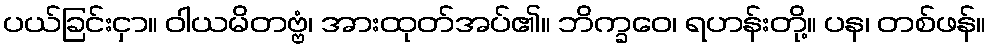
ပယ်ခြင်းငှာ။ ဝါယမိတဗ္ဗံ၊ အားထုတ်အပ်၏။ ဘိက္ခဝေ၊ ရဟန်းတို့။ ပန၊ တစ်ဖန်။